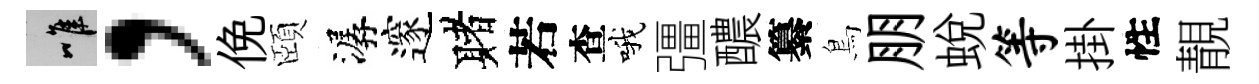
唯，俛頤潺邃赌若查哦彊醲纂鳥朋蛻等掛性靚